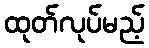
ထုတ်လုပ်မည့်